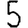
Digit: 5